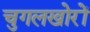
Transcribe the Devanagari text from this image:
चुगलखोरों